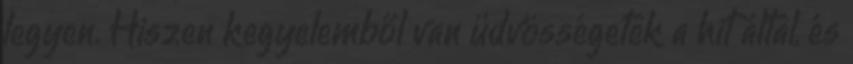
legyen. Hiszen kegyelemből van üdvösségetek a hit által, és